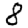
Digit: 8